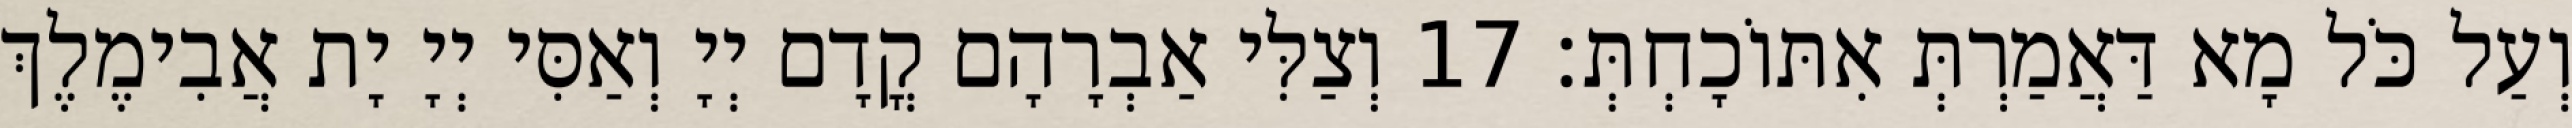
וְעַל כֹּל מָא דַּאֲמַרְתְּ אִתּוֹכָחְתְּ׃ 17 וְצַלִּי אַבְרָהָם קֳדָם יְיָ וְאַסִּי יְיָ יָת אֲבִימֶלֶךְ